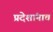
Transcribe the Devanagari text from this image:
प्रदेशांनाच